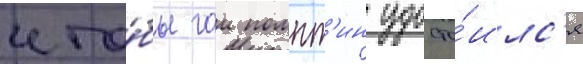
что́бы гаи помпт'ин удосто́илс'я